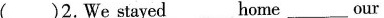
( )2.We stayed__home__our